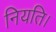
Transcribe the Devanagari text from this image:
नियति।